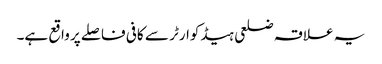
یہ علاقہ ضلعی ہیڈکوارٹر سے کافی فاصلے پر واقع ہے۔